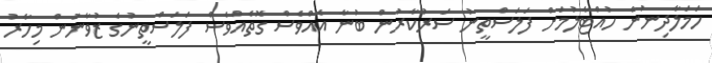
ހަމަލާދިނުން ހުއްޓާލުމަށް ފަލަސްތީނު ސަރުކާރުން ބުނާ އެއްވެސް ގޮތެއްވެސް ފަލަސްތީނުގެ ޒުވާނުން މިހާރު